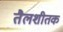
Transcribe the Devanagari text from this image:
तैलशीतक